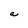
Character: a